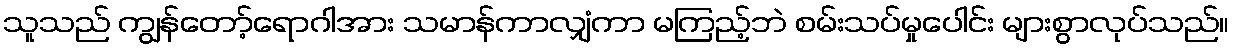
သူသည် ကျွန်တော့်ရောဂါအား သမာန်ကာလျှံကာ မကြည့်ဘဲ စမ်းသပ်မှုပေါင်း များစွာလုပ်သည်။